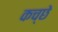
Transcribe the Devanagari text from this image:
कच्छे